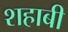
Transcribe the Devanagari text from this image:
शहाबी